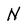
Character: N